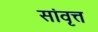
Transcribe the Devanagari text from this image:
सांवृत्त